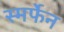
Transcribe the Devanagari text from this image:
स्मर्फेन